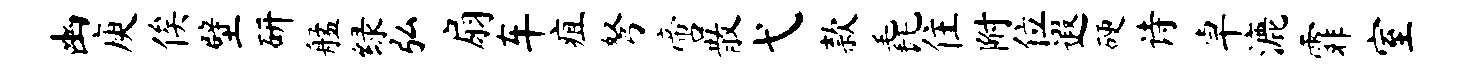
幽庾俟壁研艋绿弘扇车疽弩啻散弋款毳住附位遐硬诗卓漉霏室